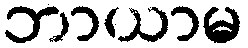
ဘာယာမ